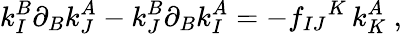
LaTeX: k_{I}^{B}\partial_{B}k_{J}^{A}-k_{J}^{B}\partial_{B}k_{I}^{A}=-f_{IJ}{}^{K}\, k_{K}^{A}\ ,